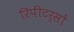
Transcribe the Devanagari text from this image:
रिपीटर्सों